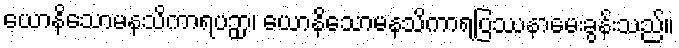
ယောနိသောမနသိကာရပဉှာ၊ ယောနိသောမနသိကာရပြဿနာမေးခွန်းသည်။